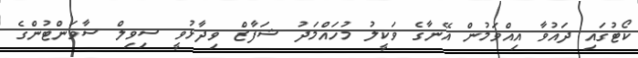
ކޯޓުގައި ދައުވާ އިއްވަމުން އޭނާގެ ވަކީލު މުހައްމަދު ޝަފާޒް ވިދާޅުވީ ސިވިލް ސާވަންޓުންގެ